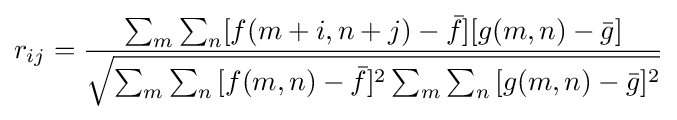
r_{ij}={\frac {\sum _{m}\sum _{n}[f(m+i,n+j)-{\bar {f}}][g(m,n)-{\bar {g}}]}{\sqrt {\sum _{m}\sum _{n}{[f(m,n)-{\bar {f}}]^{2}}\sum _{m}\sum _{n}{[g(m,n)-{\bar {g}}]^{2}}}}}